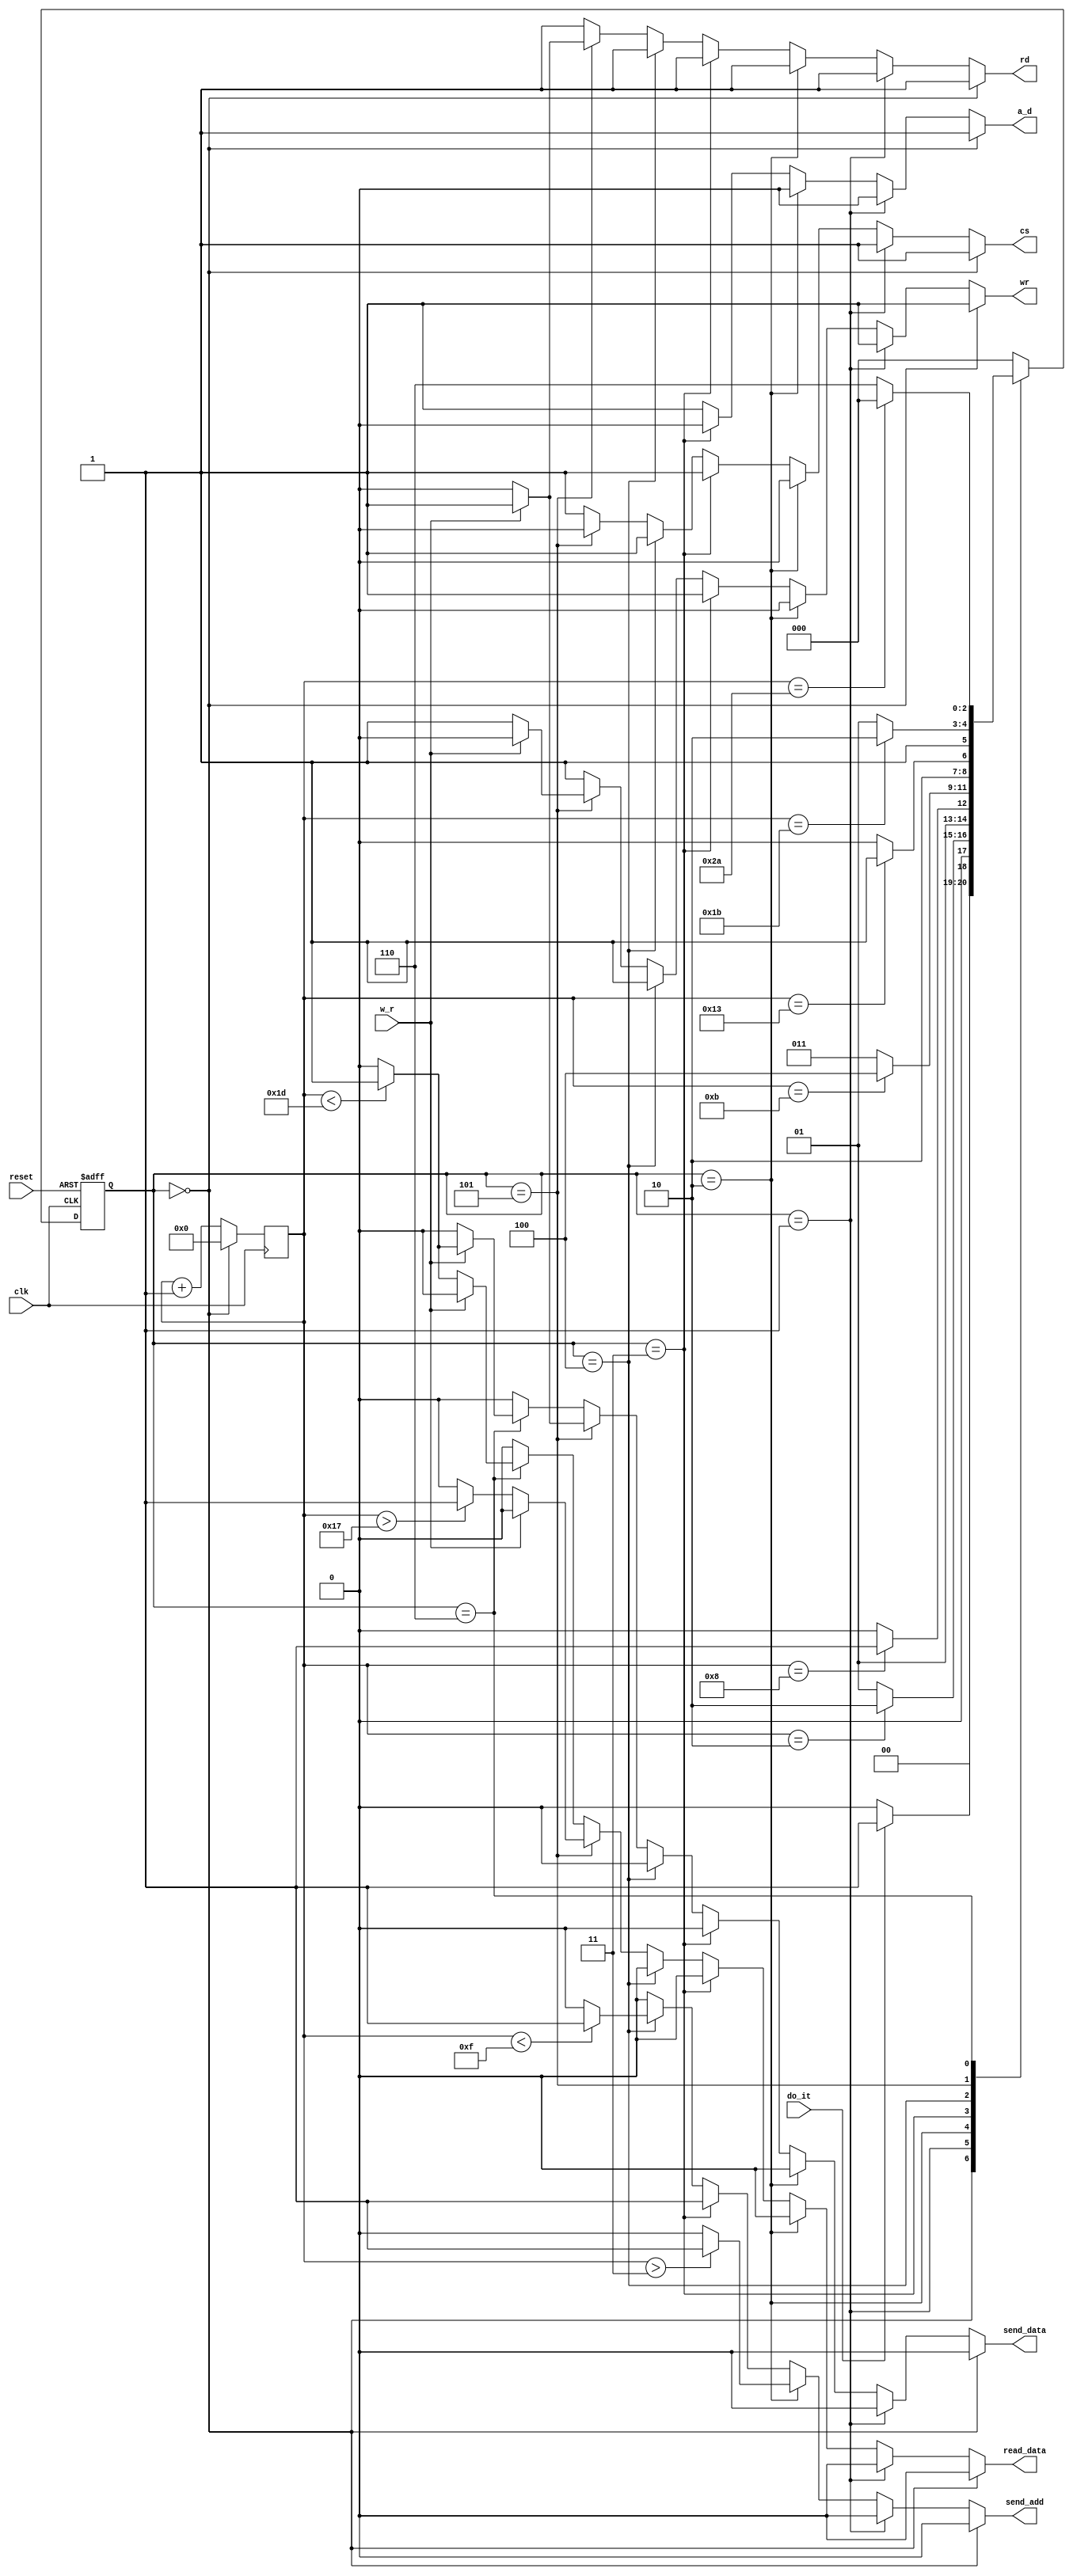
`timescale 1ns / 1ps
//////////////////////////////////////////////////////////////////////////////////
// Company: 
// Engineer: 
// 
// Design Name: 
// Module Name:    FSM_W_R 
// Project Name: 
// Target Devices: 
// Tool versions: 
// Description: 
//
// Dependencies: 
//
// Revision: 
// Revision 0.01 - File Created
// Additional Comments: 
//
//////////////////////////////////////////////////////////////////////////////////
module FSM_W_R(
	input wire clk, reset,
	input wire w_r, // En alto WRITE, en bajo READ.
	input wire do_it,  // Bandera para inicio del proceso.
		
	output reg a_d, cs, rd, wr, // Seales de ctrl RTC.
	output reg read_data,  // Bandera que indica que puede leer el dato.
	output reg send_data, // Bandera que indica enviar el dato.
	output reg send_add	// Bandera que indica enviar direccin.
	);
	
	/* Estados. */
	localparam [2:0] est0 = 3'b000, est1 = 3'b001, est2 = 3'b010, est3 = 3'b011, est4 = 3'b100, est5 = 3'b101, est6 = 3'b110;
	
	reg [2:0] est_sig;
	reg [2:0] est_act;
	reg [5:0] contador;
		
	/* Lgica Secuencial */
	
	always @(posedge clk, posedge reset)
	begin
		if (reset) begin
			est_act <= est0;
		end else	begin
			est_act <= est_sig;
		end
	end
	
	always @(posedge clk) begin
		if (est_act == est0) begin
			contador <= 6'b000000;
		end else	begin
			contador <= contador + 6'b000001;
		end
	end
	
	/* Lgica Combinacional */
	
	always @* begin
		est_sig = est0;
		case(est_act)
			est0: begin
				if (do_it) begin
					est_sig = est1;
				end else begin
					est_sig = est0;
				end
			end
			est1: begin
				if (contador == 2) begin // 30ns.
					est_sig = est2;
				end else begin
					est_sig = est1;
				end
			end
			est2: begin
				if (contador == 8) begin // 60ns.
					est_sig = est3;
				end else begin
					est_sig = est2;
				end
			end
			est3: begin
				if (contador == 11) begin // 30ns.
					est_sig = est4;
				end else begin
					est_sig = est3;
				end
			end
			est4: begin
				if (contador == 19) begin // 80ns.
					est_sig = est5;
				end else begin
					est_sig = est4;
				end
			end
			est5: begin
				if (contador == 27) begin // 80ns.
					est_sig = est6;
				end else begin
					est_sig = est5;
				end
			end
			est6: begin
				if (contador == 42) begin // 80ns.
					est_sig = est0;
				end else begin
					est_sig = est6;
				end
			end
			default: est_sig = est0;
		endcase
	end
	
	/* Salidas */
	
	always @* begin
      if (est_act == est0) begin
			cs = 1'b1;
			wr = 1'b1;
			a_d = 1'b1;
			send_add = 1'b0;
			send_data = 1'b0;
			read_data = 1'b0;
			rd = 1'b1;
		end else if (est_act == est1) begin
			cs = 1'b1;
			wr = 1'b1;
			a_d = 1'b0;
			send_add = 1'b0;
			send_data = 1'b0;
			read_data = 1'b0;
			rd = 1'b1;
		end else if (est_act == est2) begin
			cs = 1'b0;
			rd = 1'b1;
			wr = 1'b0;
			a_d = 1'b0;
			send_data = 1'b0;
			read_data = 1'b0;
			if (contador > 3) begin
				send_add = 1'b1;
			end else begin
				send_add = 1'b0;
			end	
		end else if (est_act == est3) begin
			cs = 1'b1;
			wr = 1'b1;
			a_d = 1'b0;
			send_data = 1'b0;
			read_data = 1'b0;
			rd = 1'b1;
			send_add = 1'b1;
		end else if (est_act == est4) begin
			cs = 1'b1;
			wr = 1'b1;
			a_d = 1'b1;
			send_add = 1'b0;
			send_data = 1'b0;
			read_data = 1'b0;
			rd = 1'b1;
			if (contador < 15) begin
				send_add = 1'b1;
			end else begin
				send_add = 1'b0;
			end
		end else if (est_act == est5) begin
			cs = 1'b0;
			a_d = 1'b1;
			send_add = 1'b0;
			if (w_r) begin
				rd = 1'b1;
				wr = 1'b0;
				send_data = 1'b1;
				read_data = 1'b0;
			end else begin
				rd = 1'b0;
				wr = 1'b1;
				send_data = 1'b0;
				if (contador > 23) begin
					read_data = 1'b1;
				end else begin
					read_data = 1'b0;
				end
			end
		end else if (est_act == est6) begin
			cs = 1'b1;
			wr = 1'b1;
			a_d = 1'b1;
			send_add = 1'b0;
			rd = 1'b1;
			if (w_r) begin
				read_data = 1'b0;
				if (contador < 29) begin
					send_data = 1'b1;
				end else begin
					send_data = 1'b0;
				end
			end else begin
				send_data = 1'b0;
				if (contador < 29) begin
					read_data = 1'b1;
				end else begin
					read_data = 1'b0;
				end
			end
		end else begin
			cs = 1'b1;
			wr = 1'b1;
			a_d = 1'b1;
			send_add = 1'b0;
			send_data = 1'b0;
			read_data = 1'b0;
			rd = 1'b1;
		end
	end
	
endmodule